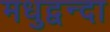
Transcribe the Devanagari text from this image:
मधुद्वन्दा